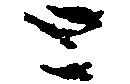
と